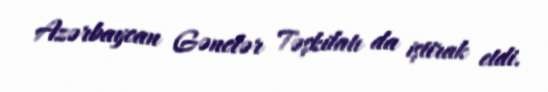
Azərbaycan Gənclər Təşkilatı da iştirak etdi.